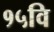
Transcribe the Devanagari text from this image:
१५वि